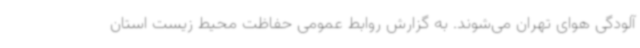
آلودگی هوای تهران می‌شوند. به گزارش روابط عمومی حفاظت محیط زیست استان